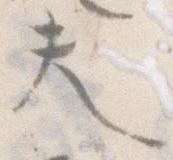
夫